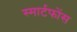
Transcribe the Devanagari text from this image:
स्मार्टफोंस